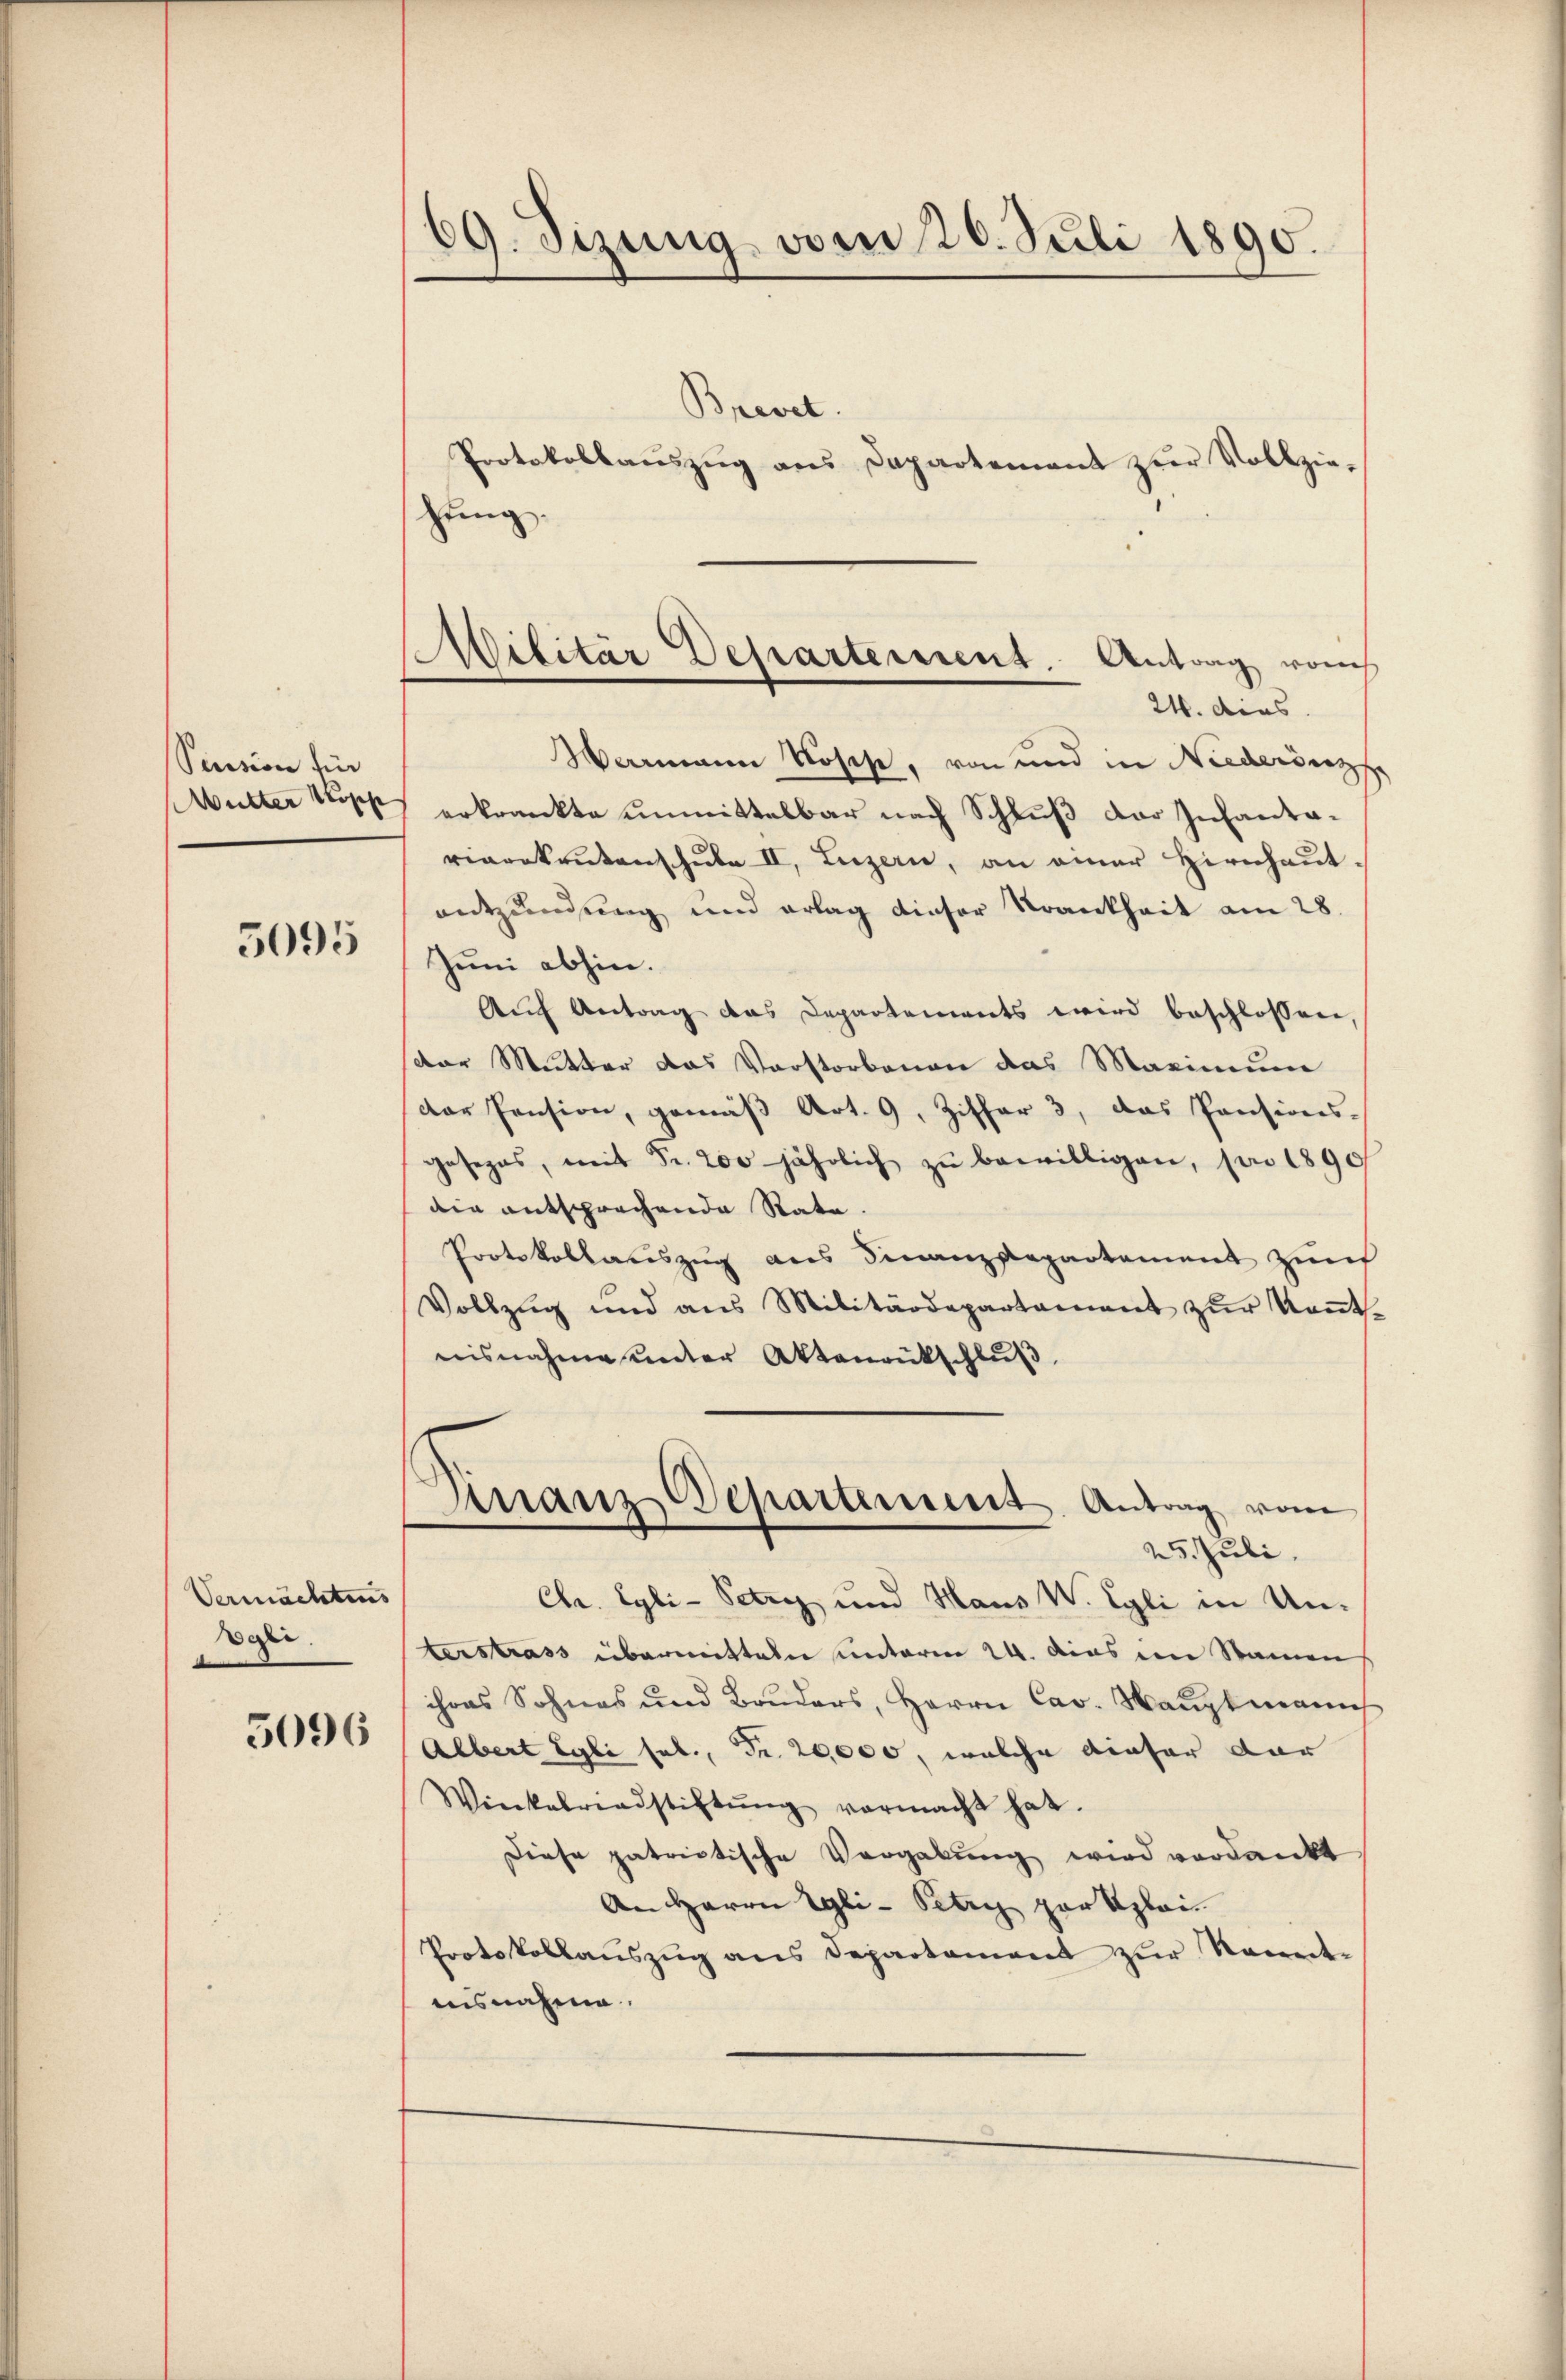
Pension für
Mutter Kopp

5095

Vermächtens
gli.
5096

Brevet.
Protokollauszug aus Dapartement zur Vollziehung.

69. Sizung vom 20. Juli 1890.

Warmann Roses, von und in Niederenzs
erkrankte unmittelbar nach Schluß der Infantariarekrutens sub II, Luzern, an einer Hirnhaut.
entzündung und erlag dieser Krankheit am 28.
Juni abhin.
Auf Antrag das Departements wird beschlossen
der Mutter das Vorstorbenen das Maximum
der Pension, gemäß Art. 9, Ziffer 3, das Pensions-
gesezes, mit Fr. 200 jährlich zŭ bewilligen, pro 1890
die entsprechende Rate.
Protokollauszug aus Finanzdepartement zum
Vollzug und ans Militärdepartament zŭr Keṅt
nisnahme unter Aktenrutschlŭβ
Finanz Departement. Antrag vom
25 Juli.
Chr. Egli-Petry und Haus W. Egli in Unterstrass übermitteln unterm 24. das im Namen
ihres Sohnes und Bruders, Herrn Cav- Hauptmanns
Albert Egli sel., Fr. 20,000, welche dieser dar
Winkelriedstiftŭng vermacht hat.
Diese patrictische Vergabung wird verdankt
An Herrn Egli-Petry par Klei¬
Protokollauszug aus Departement zur Kenntaisnahme.

Militär Departement. Antrag von
24. dies